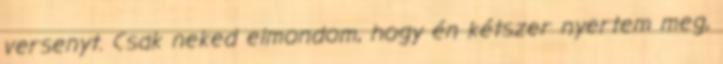
versenyt. Csak neked elmondom, hogy én kétszer nyertem meg,